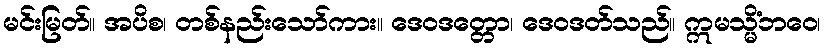
မင်းမြတ်။ အပိစ၊ တစ်နည်းသော်ကား။ ဒေဝဒတ္တော၊ ဒေဝဒတ်သည်။ ဣမသ္မိံဘဝေ၊